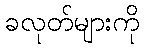
ခလုတ်များကို